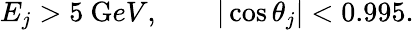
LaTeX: E_{j}>5~{\mathrm GeV},\qquad|\cos\theta_{j}|<0.995.